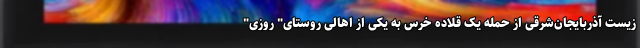
زیست آذربایجان‌شرقی از حمله یک قلاده خرس به یکی از اهالی روستای" روزی"